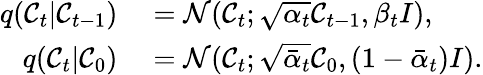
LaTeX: \begin{array}{rl}{q(\mathcal{C}_{t}\vert\mathcal{C}_{t-1})}&{{}=\mathcal{N}(\mathcal{C}_{t};\sqrt{\alpha_{t}}\mathcal{C}_{t-1},\beta_{t}I),}\\ {q(\mathcal{C}_{t}\vert\mathcal{C}_{0})}&{{}=\mathcal{N}(\mathcal{C}_{t};\sqrt{\bar{\alpha}_{t}}\mathcal{C}_{0},(1-\bar{\alpha}_{t})I).}\end{array}